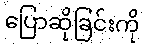
ပြောဆိုခြင်းကို